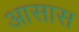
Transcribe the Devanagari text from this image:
आसास